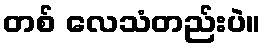
တစ် လေသံတည်းပဲ။